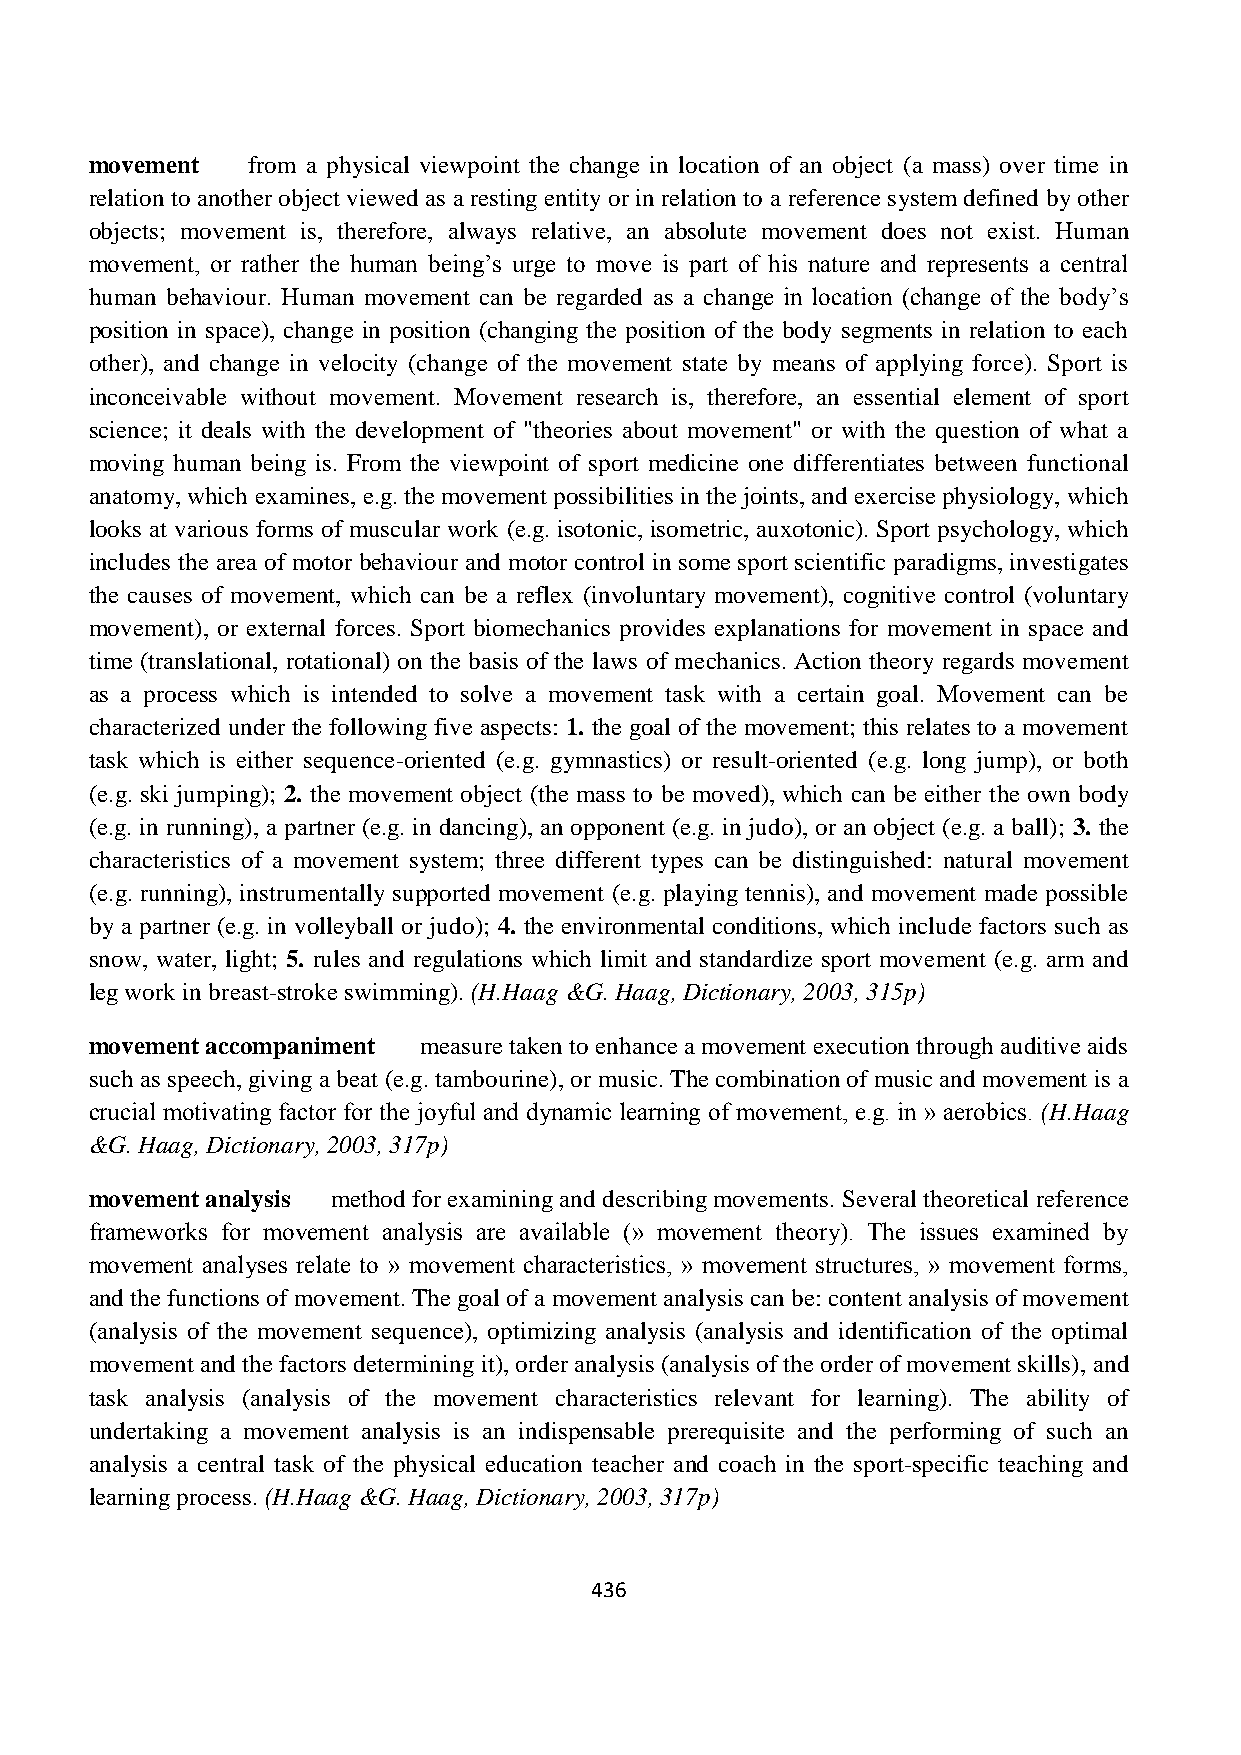
movement  from a physical viewpoint the change in location of an object (a mass) over time in
 relation to another object viewed as a resting entity or in relation to a reference system defined by other
 objects; movement is, therefore, always relative, an absolute movement does not exist. Human
 movement, or rather the human being’s urge to move is part of his nature and represents a central
 human behaviour. Human movement can be regarded as a change in location (change of the body’s
 position in space), change in position (changing the position of the body segments in relation to each
 other), and change in velocity (change of the movement state by means of applying force). Sport is
 inconceivable without movement. Movement research is, therefore, an essential element of sport
 science; it deals with the development of "theories about movement" or with the question of what a
 moving human being is. From the viewpoint of sport medicine one differentiates between functional
 anatomy, which examines, e.g. the movement possibilities in the joints, and exercise physiology, which
 looks at various forms of muscular work (e.g. isotonic, isometric, auxotonic). Sport psychology, which
 includes the area of motor behaviour and motor control in some sport scientific paradigms, investigates
 the causes of movement, which can be a reflex (involuntary movement), cognitive control (voluntary
 movement), or external forces. Sport biomechanics provides explanations for movement in space and
 time (translational, rotational) on the basis of the laws of mechanics. Action theory regards movement
 as a process which is intended to solve a movement task with a certain goal. Movement can be
 characterized under the following five aspects: 1. the goal of the movement; this relates to a movement
 task which is either sequence-oriented (e.g. gymnastics) or result-oriented (e.g. long jump), or both
 (e.g. ski jumping); 2. the movement object (the mass to be moved), which can be either the own body
 (e.g. in running), a partner (e.g. in dancing), an opponent (e.g. in judo), or an object (e.g. a ball); 3. the
 characteristics of a movement system; three different types can be distinguished: natural movement
 (e.g. running), instrumentally supported movement (e.g. playing tennis), and movement made possible
 by a partner (e.g. in volleyball or judo); 4. the environmental conditions, which include factors such as
 snow, water, light; 5. rules and regulations which limit and standardize sport movement (e.g. arm and
 leg work in breast-stroke swimming). (H.Haag &G. Haag, Dictionary, 2003, 315p)
 movement accompaniment measure taken to enhance a movement execution through auditive aids
 such as speech, giving a beat (e.g. tambourine), or music. The combination of music and movement is a
 crucial motivating factor for the joyful and dynamic learning of movement, e.g. in » aerobics. (H.Haag
 &G. Haag, Dictionary, 2003, 317p)
 movement analysis method for examining and describing movements. Several theoretical reference
 frameworks for movement analysis are available (» movement theory). The issues examined by
 movement analyses relate to » movement characteristics, » movement structures, » movement forms,
 and the functions of movement. The goal of a movement analysis can be: content analysis of movement
 (analysis of the movement sequence), optimizing analysis (analysis and identification of the optimal
 movement and the factors determining it), order analysis (analysis of the order of movement skills), and
 task analysis (analysis of the movement characteristics relevant for learning). The ability of
 undertaking a movement analysis is an indispensable prerequisite and the performing of such an
 analysis a central task of the physical education teacher and coach in the sport-specific teaching and
 learning process. (H.Haag &G. Haag, Dictionary, 2003, 317p)
 436